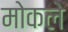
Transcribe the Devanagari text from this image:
मोकले